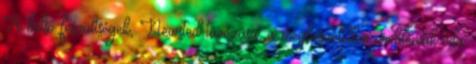
A belső feszültségek, Newsted távozása, a megbeszéletlen problémák oda